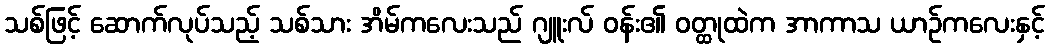
သစ်ဖြင့် ဆောက်လုပ်သည့် သစ်သား အိမ်ကလေးသည် ဂျူးလ် ဝန်း၏ ဝတ္ထုထဲက အာကာသ ယာဉ်ကလေးနှင့်